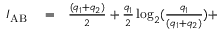
\begin{array} { r l r } { I _ { \mathrm { A B } } } & { { } = } & { \frac { ( q _ { 1 } + q _ { 2 } ) } { 2 } + \frac { q _ { 1 } } { 2 } \log _ { 2 } ( \frac { q _ { 1 } } { ( q _ { 1 } + q _ { 2 } ) } ) + } \end{array}